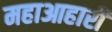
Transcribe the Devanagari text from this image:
महाआहारी